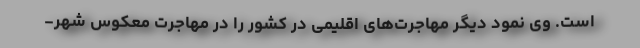
است. وی نمود دیگر مهاجرت‌های اقلیمی در کشور را در مهاجرت معکوس شهر-